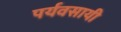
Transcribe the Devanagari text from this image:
पर्यवसायी